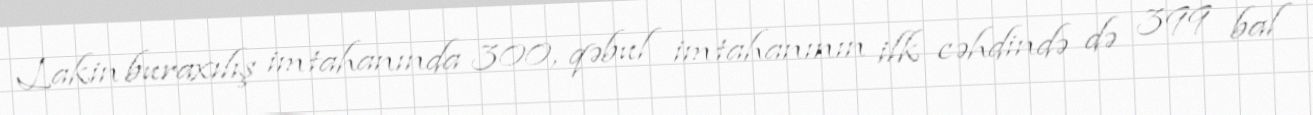
Lakin buraxılış imtahanında 300, qəbul imtahanının ilk cəhdində də 399 bal